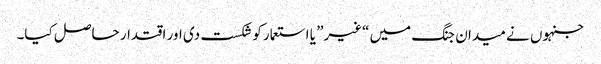
جنہوں نے میدان جنگ میں “غیر” یا استعمار کو شکست دی اور اقتدار حاصل کیا۔